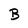
Character: B